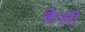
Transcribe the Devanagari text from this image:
केली